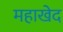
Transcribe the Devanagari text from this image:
महाखेद